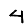
Digit: 4